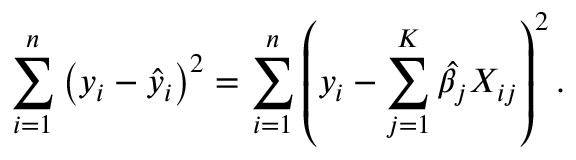
\sum _ { i = 1 } ^ { n } \left( y _ { i } - { \widehat { y } } _ { i } \right) ^ { 2 } = \sum _ { i = 1 } ^ { n } \left( y _ { i } - \sum _ { j = 1 } ^ { K } { \widehat { \beta } } _ { j } X _ { i j } \right) ^ { 2 } .